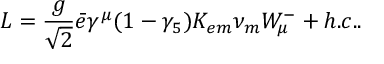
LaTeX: { \cal L } = \frac { g } { \sqrt { 2 } } \bar { e } \gamma ^ { \mu } ( 1 - \gamma _ { 5 } ) K _ { e m } { \nu } _ { m } W _ { \mu } ^ { - } + h . c . .